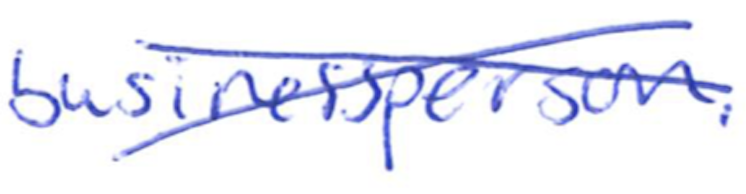
Text: businessperson.
Cross-out: mix
Writing tool: ballpoint